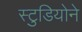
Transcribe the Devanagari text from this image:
स्टुडियोने